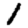
Digit: 1